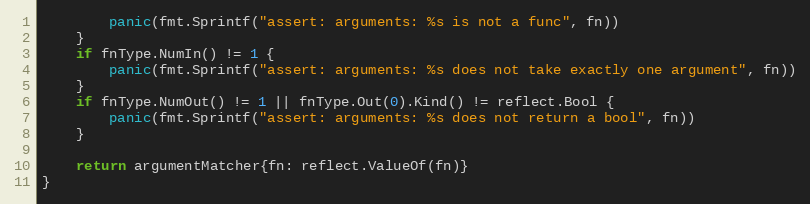
Language: Go
		panic(fmt.Sprintf("assert: arguments: %s is not a func", fn))
	}
	if fnType.NumIn() != 1 {
		panic(fmt.Sprintf("assert: arguments: %s does not take exactly one argument", fn))
	}
	if fnType.NumOut() != 1 || fnType.Out(0).Kind() != reflect.Bool {
		panic(fmt.Sprintf("assert: arguments: %s does not return a bool", fn))
	}

	return argumentMatcher{fn: reflect.ValueOf(fn)}
}